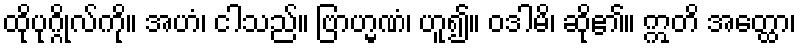
ထိုပုဂ္ဂိုလ်ကို။ အဟံ၊ ငါသည်။ ဗြာဟ္မဏံ၊ ဟူ၍။ ဝဒါမိ၊ ဆို၏။ ဣတိ အတ္ထော၊